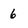
Character: 6